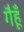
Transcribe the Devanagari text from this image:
गैहूँ